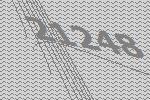
21248